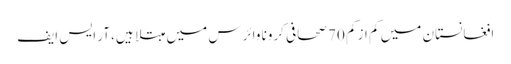
افغانستان میں کم از کم 70 صحافی کرونا وائرس میں مبتلا ہیں، آر ایس ایف